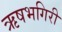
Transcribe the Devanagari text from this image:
ऋषभगिरी